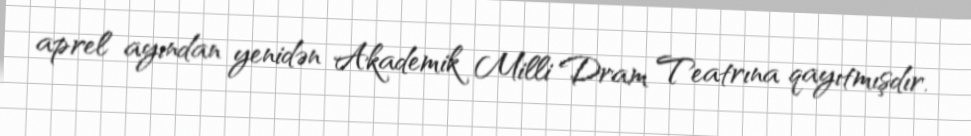
aprel ayından yenidən Akademik Milli Dram Teatrına qayıtmışdır.